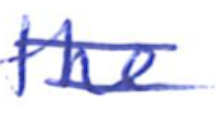
Text: the
Cross-out: double-line
Writing tool: ballpoint